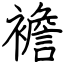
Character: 襜